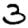
Digit: 3